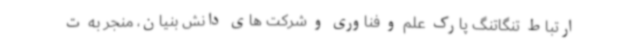
ارتباط تنگاتنگ پارک علم و فناوری و شرکت های دانش بنیان، منجر به ت